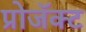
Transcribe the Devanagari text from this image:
प्रोजॅक्ट